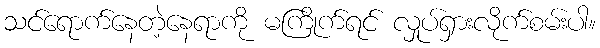
သင်ရောက်နေတဲ့နေရာကို မကြိုက်ရင် လှုပ်ရှားလိုက်စမ်းပါ။